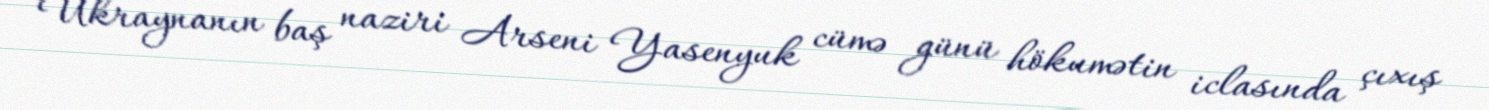
Ukraynanın baş naziri Arseni Yasenyuk cümə günü hökumətin iclasında çıxış